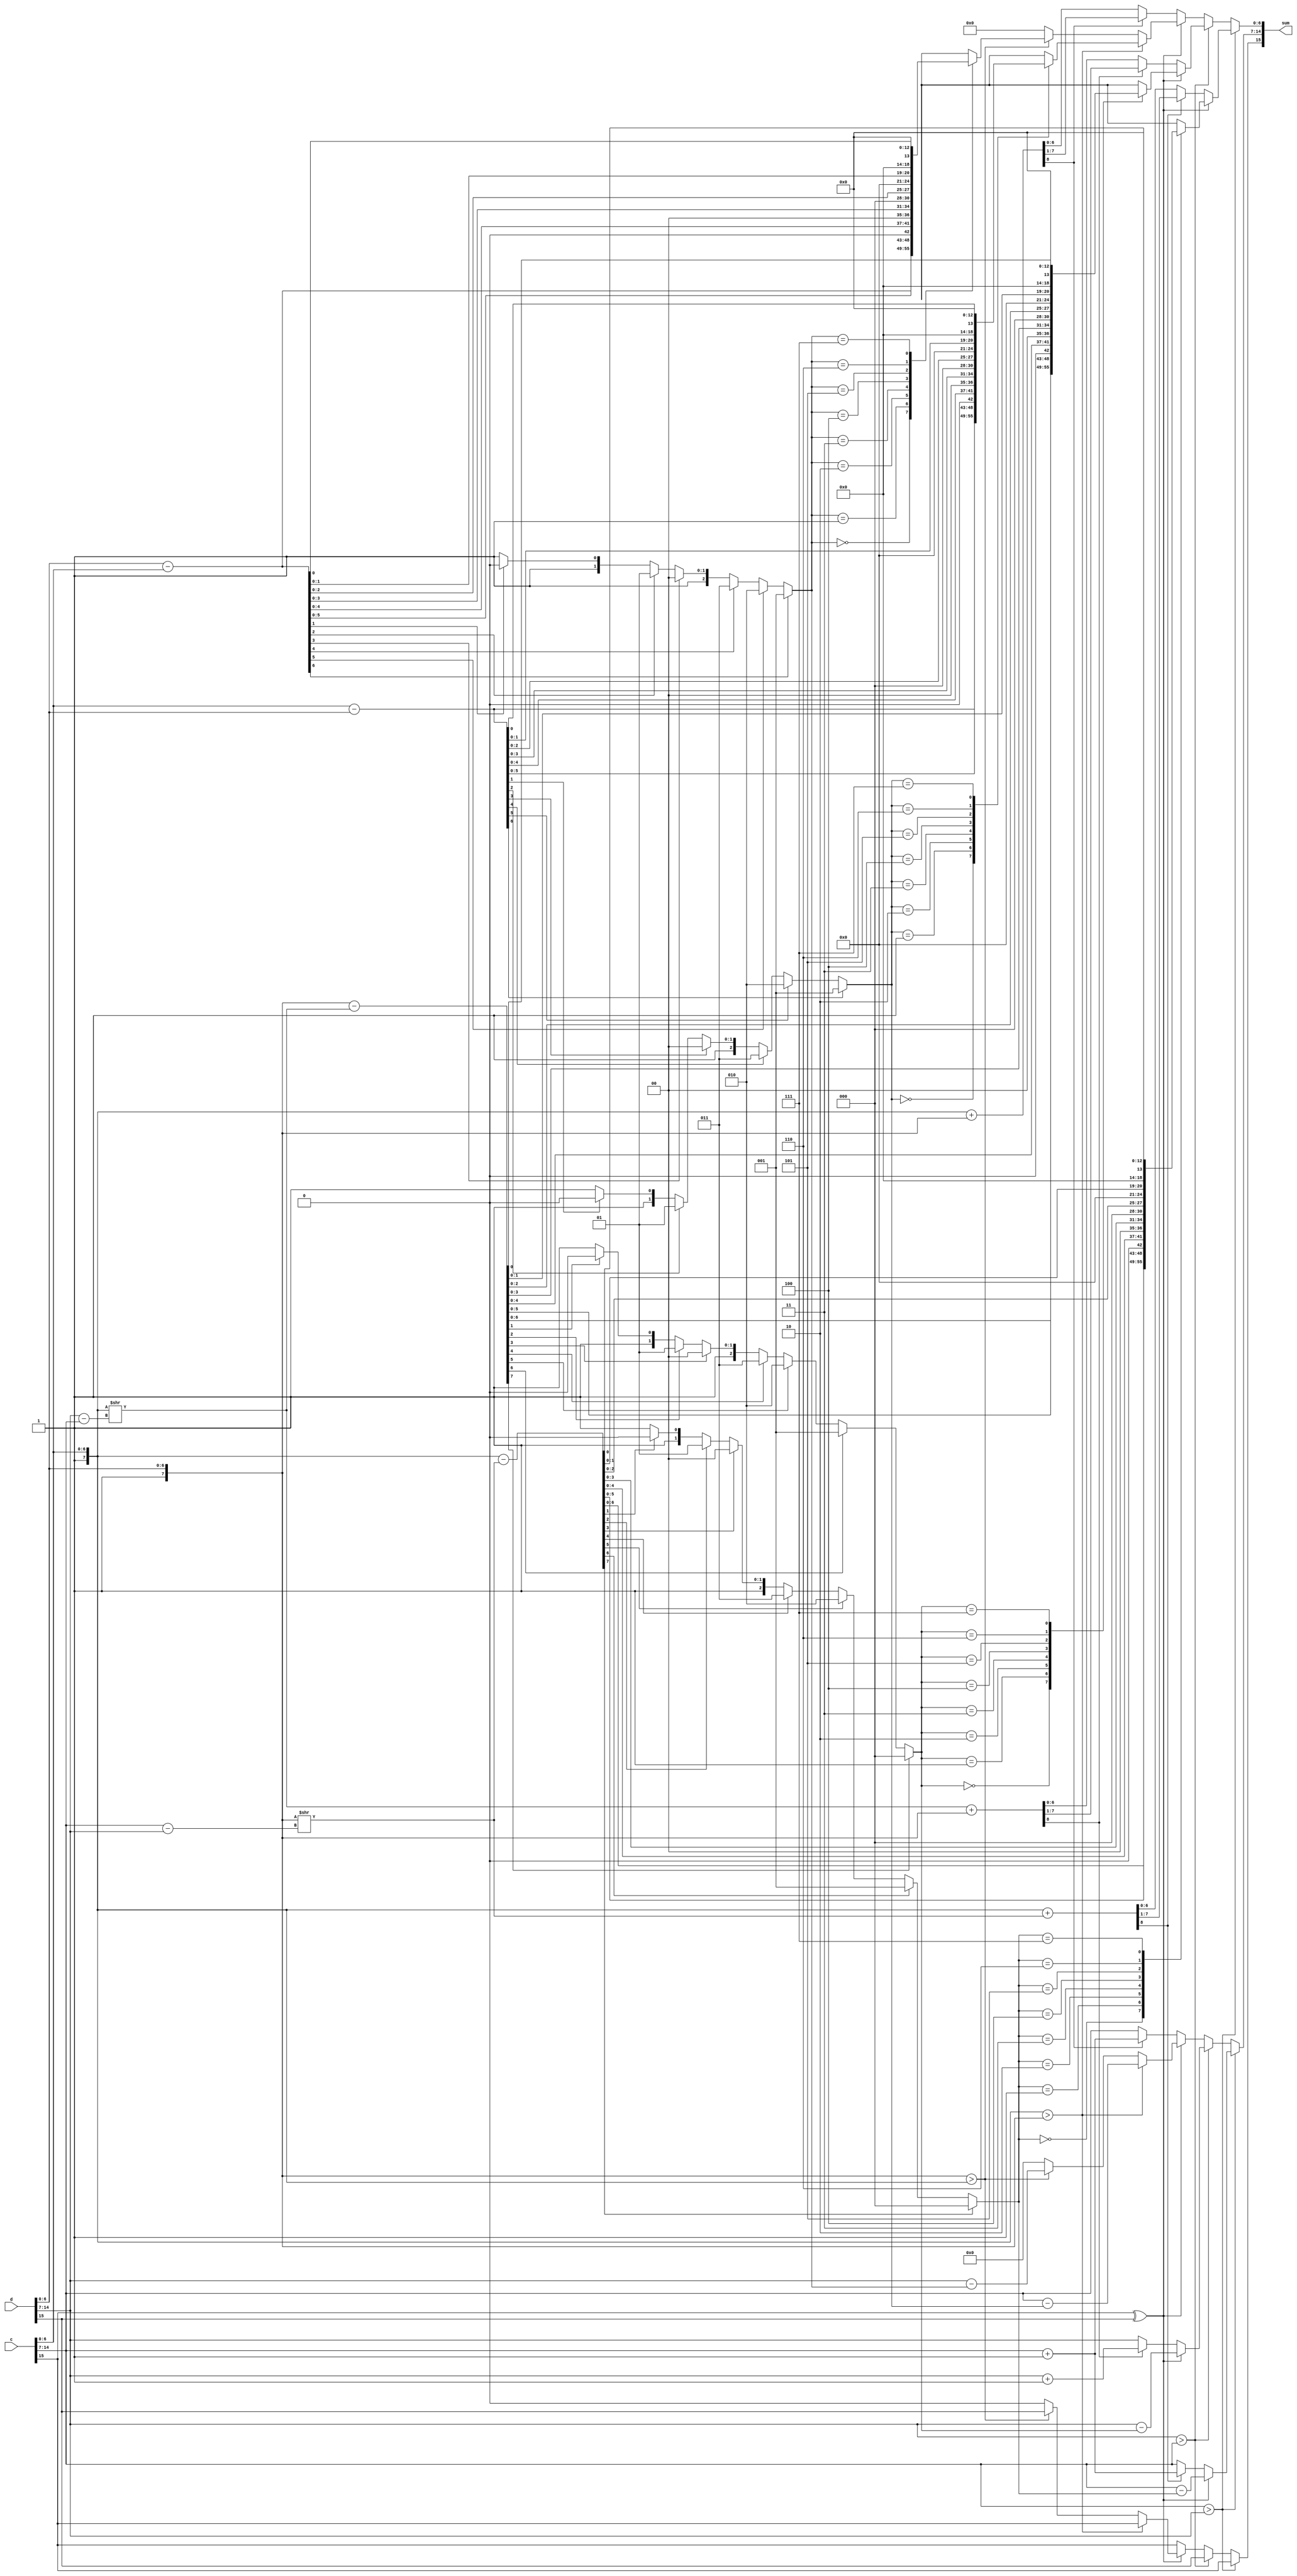
module Bfloat16_add(
    input [15:0]c,
    input [15:0]d,
    output reg [15:0]sum);
    
    wire [7:0]e1, e2;
    wire s1, s2;
    reg C, sign;
    reg [2:0]position;
    reg [7:0]n1, n2;    
    reg [7:0]exponent, S;
    reg [6:0]mantissa;
    
    assign e1 = c[14:7];
    assign e2 = d[14:7];
    assign s1 = c[15];
    assign s2 = d[15];
    
    always@(*)
    begin
        if(e1>e2)
        begin
            n1 = {1'b1, c[6:0]}; 
            n2 = {1'b1, d[6:0]}>>(e1-e2);
            sign = s1;
            if(~(s1^s2))
            begin
                {C, S} = n1+n2;
                if(C)
                begin
                    mantissa = S[7:1];
                    exponent = e1+1;
                end
                else
                begin
                    mantissa = S[6:0];
                    exponent = e1;
                end
            end
            else
            begin
                S = n1-n2;
                position = S[7]?0:(S[6]?1:(S[5]?2:(S[4]?3:(S[3]?4:(S[2]?5:S[1]?6:7)))));
                exponent = e1-position;
                case(position)
                    3'd0: mantissa = S[6:0];
                    3'd1: mantissa = {S[5:0], 1'd0};
                    3'd2: mantissa = {S[4:0], 2'd0};
                    3'd3: mantissa = {S[3:0], 3'd0};
                    3'd4: mantissa = {S[2:0], 4'd0};
                    3'd5: mantissa = {S[1:0], 5'd0};
                    3'd6: mantissa = {S[0], 6'd0};
                    3'd7: mantissa = 0;
                    default: mantissa = 0;               
                endcase
            end            
        end       
        
        else if(e2>e1)
        begin
            n1 = {1'b1, c[6:0]}>>(e2-e1); 
            n2 = {1'b1, d[6:0]};
            sign = s2;
            if(~(s1^s2))
            begin
                {C, S} = n1+n2;
                if(C)
                begin
                    mantissa = S[7:1];
                    exponent = e2+1;
                end
                else
                begin
                    mantissa = S[6:0];
                    exponent = e2;
                end
            end
            else
            begin
                S = n2-n1;
                position = S[7]?0:(S[6]?1:(S[5]?2:(S[4]?3:(S[3]?4:(S[2]?5:S[1]?6:7)))));
                exponent = e2-position;
                case(position)
                    3'd0: mantissa = S[6:0];
                    3'd1: mantissa = {S[5:0], 1'd0};
                    3'd2: mantissa = {S[4:0], 2'd0};
                    3'd3: mantissa = {S[3:0], 3'd0};
                    3'd4: mantissa = {S[2:0], 4'd0};
                    3'd5: mantissa = {S[1:0], 5'd0};
                    3'd6: mantissa = {S[0], 6'd0};
                    3'd7: mantissa = 0;
                    default: mantissa = 0;               
                endcase
            end            
        end
    
    else
    begin
         n1 = {1'b1, c[6:0]}; 
         n2 = {1'b1, d[6:0]};
         if(~(s1^s2))
         begin
            sign = s1;
            {C, S} = n1+n2;
            if(C)
            begin
                 mantissa = S[7:1];
                 exponent = e1+1;
            end
            else
            begin
                 mantissa = S[6:0];
                 exponent = e1;
            end
         end
         else
         begin
            if(n1>n2)
            begin
                S = n1-n2;
                position = S[6]?1:(S[5]?2:(S[4]?3:(S[3]?4:(S[2]?5:S[1]?6:7))));
                //position = S[7]?3'd0:(S[6]?3'd1:(S[5]?3'd2:(S[4]:3'd3:(S[3]?3'd4:(S[2]?3'd5:(S[1]?3'd6:3'd7))))));
                case(position)
                    3'd0: mantissa = S[6:0];
                    3'd1: mantissa = {S[5:0], 1'd0};
                    3'd2: mantissa = {S[4:0], 2'd0};
                    3'd3: mantissa = {S[3:0], 3'd0};
                    3'd4: mantissa = {S[2:0], 4'd0};
                    3'd5: mantissa = {S[1:0], 5'd0};
                    3'd6: mantissa = {S[0], 6'd0};
                    3'd7: mantissa = 7'd0;              
                endcase
                exponent = e1 - position;
                sign = s1;
            end
            else if(n2>n1)
            begin
                S = n2-n1;
                position = S[6]?1:(S[5]?2:(S[4]?3:(S[3]?4:(S[2]?5:S[1]?6:7))));
                case(position)
                    3'd0: mantissa = S[6:0];
                    3'd1: mantissa = {S[5:0], 1'd0};
                    3'd2: mantissa = {S[4:0], 2'd0};
                    3'd3: mantissa = {S[3:0], 3'd0};
                    3'd4: mantissa = {S[2:0], 4'd0};
                    3'd5: mantissa = {S[1:0], 5'd0};
                    3'd6: mantissa = {S[0], 6'd0};
                    3'd7: mantissa = 0;               
                endcase
                exponent = e2 - position;
                sign = s2;
            end
            else
            begin
                {sign, exponent, mantissa} = 0;
            end
         end
      end
      sum = {sign, exponent, mantissa};           
    end   
endmodule